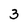
Character: 3